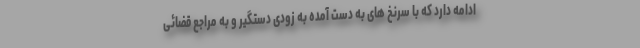
ادامه دارد که با سرنخ های به دست آمده به زودی دستگیر و به مراجع قضائی